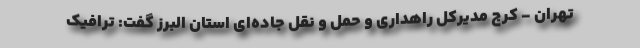
تهران - کرج مدیرکل راهداری و حمل و نقل جاده‌ای استان البرز گفت: ترافیک